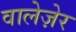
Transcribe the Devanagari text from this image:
वालेज़ेर